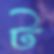
ট